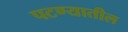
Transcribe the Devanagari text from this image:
पटण्यातील